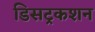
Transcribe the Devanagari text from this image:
डिसट्रकशन